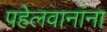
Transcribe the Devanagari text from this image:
पहेलवानांना